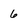
Character: 6